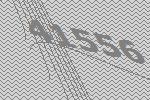
41556